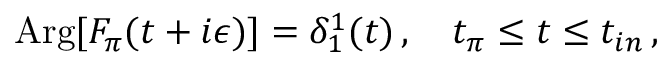
\mathrm { A r g } [ F _ { \pi } ( t + i \epsilon ) ] = \delta _ { 1 } ^ { 1 } ( t ) \, , \quad t _ { \pi } \le t \le t _ { i n } \, ,